Alatskivi_vallavalitsus_et, lk 206
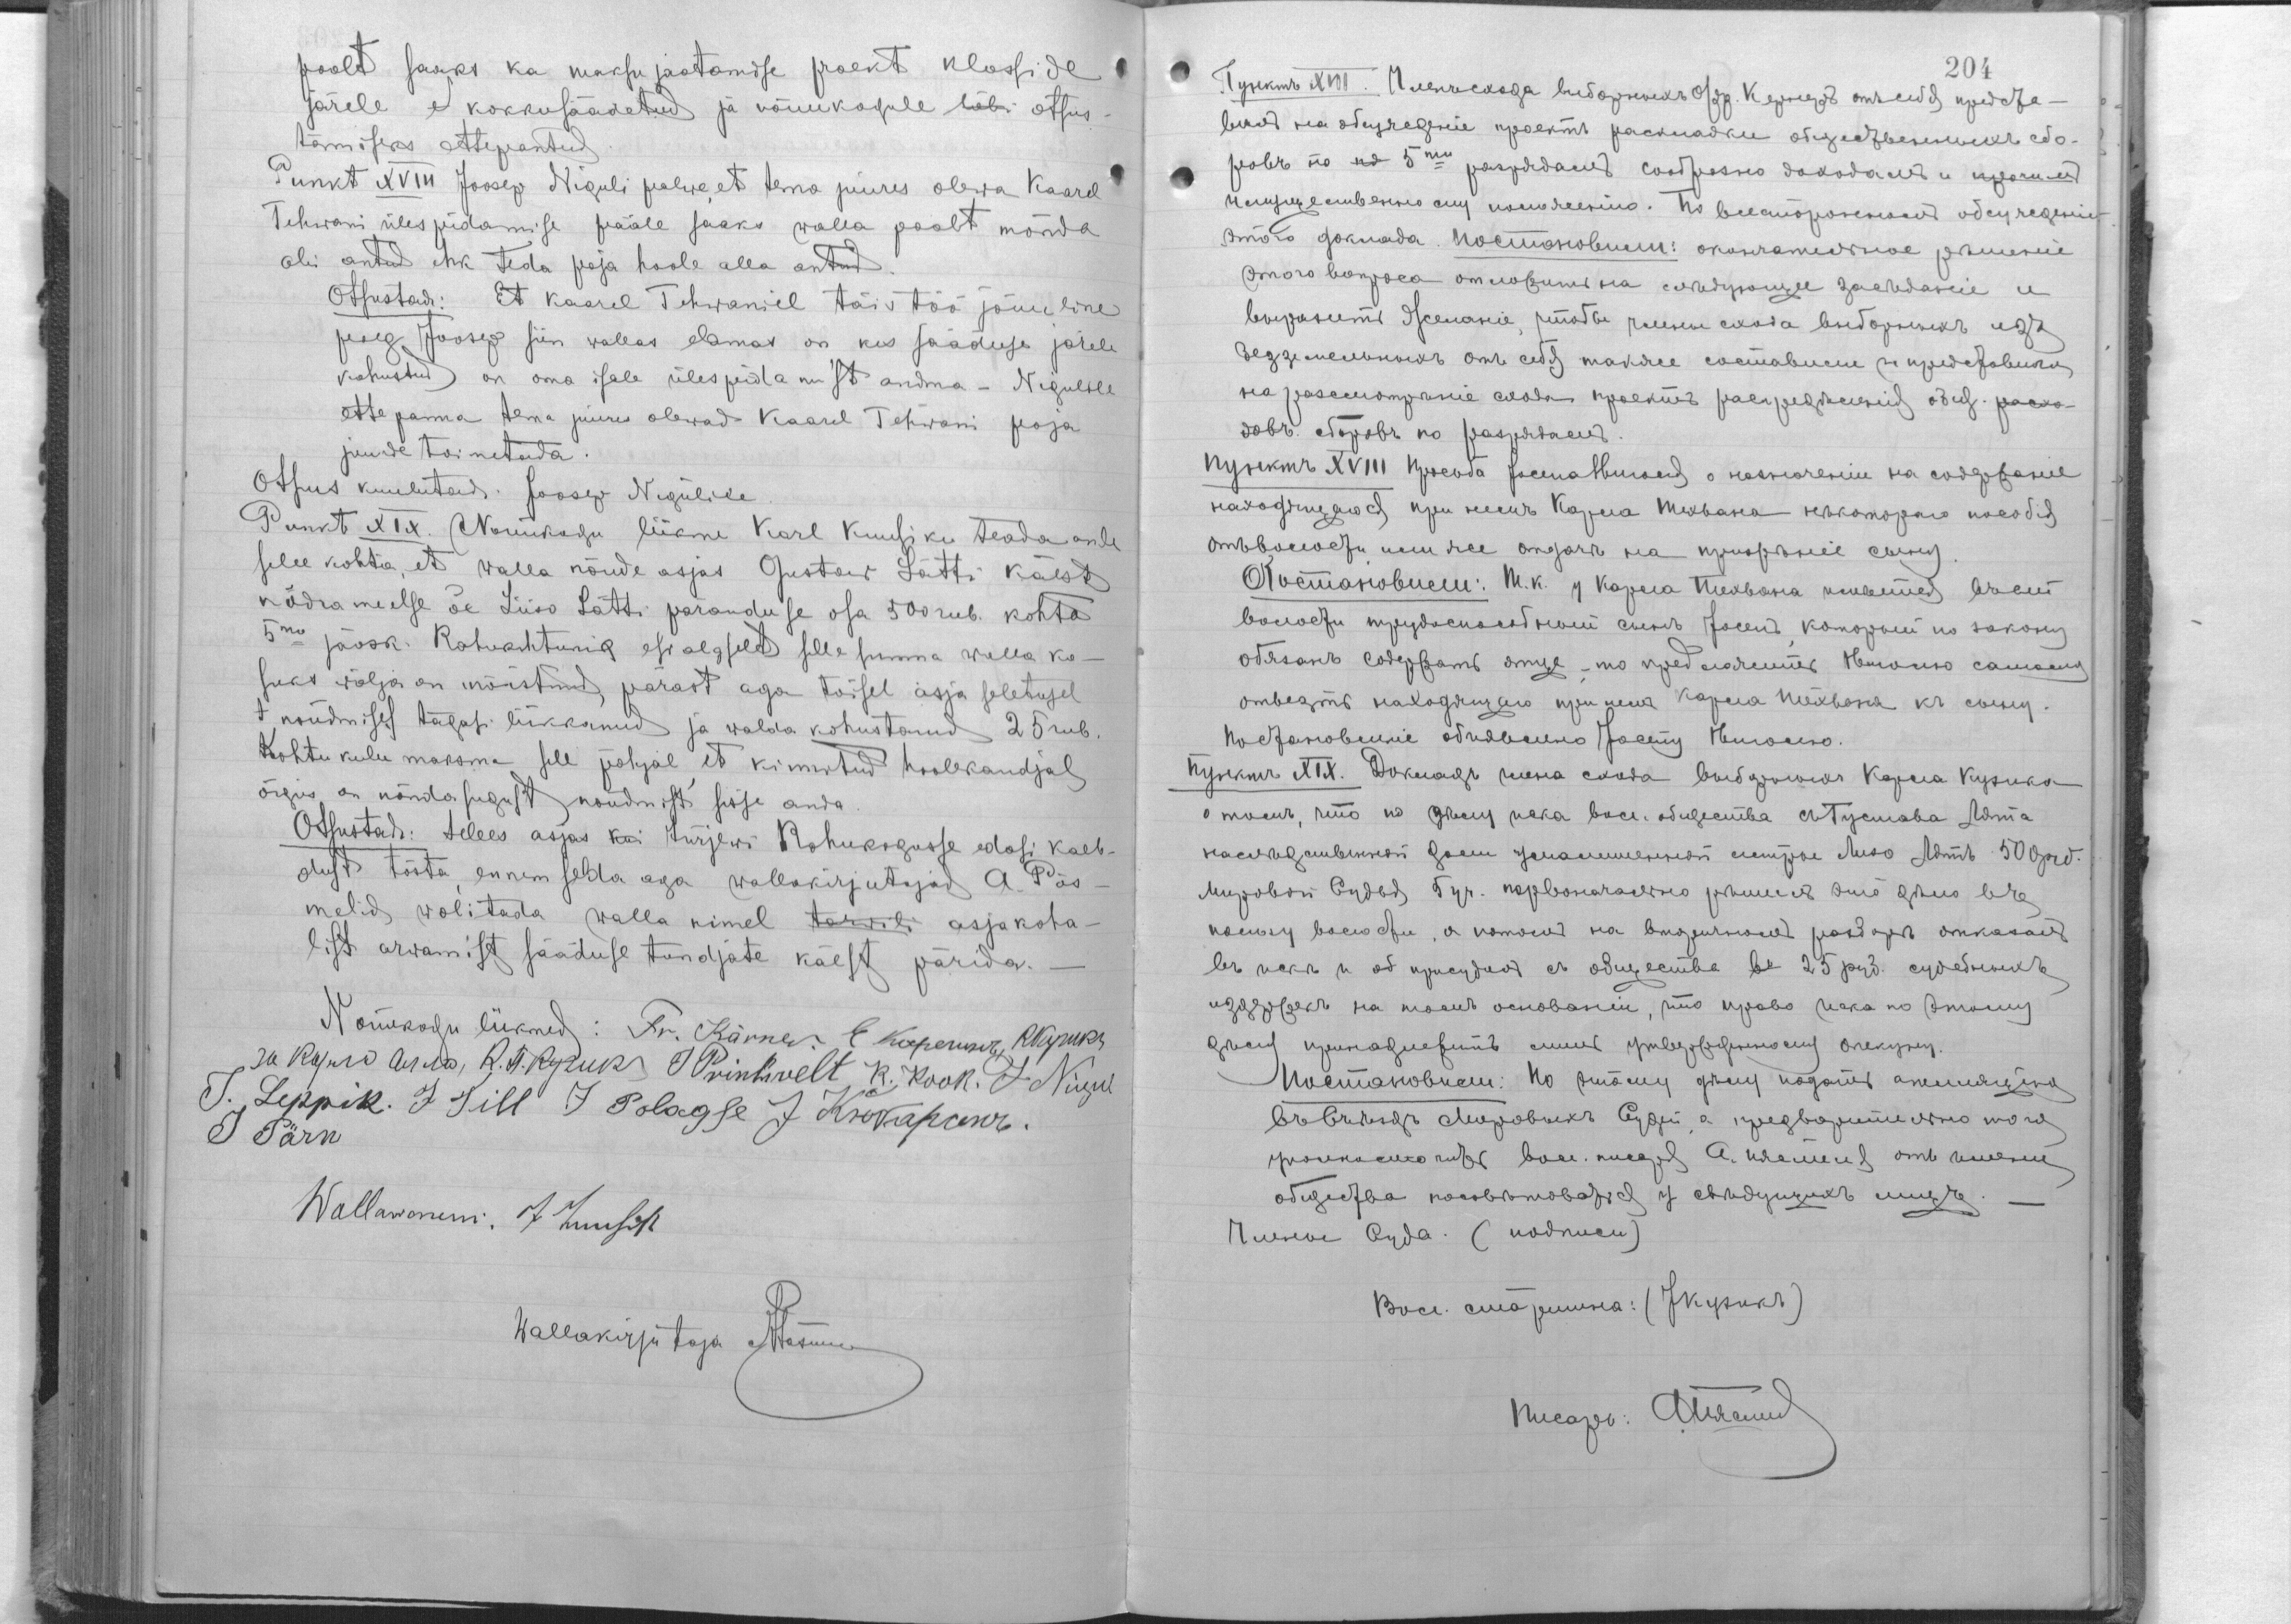
poolt saaks ka maksujaotamise proekt klasside
järele e kokkusäädetud ja nõuukogule läbi otsus-
tamiseks ettepantud.
Punkt XVIII Joosep Niguli palwe, et tema juures olewa Kaarel
Tehwani üles pidamise pääle saaks walla poolt mõnda
abi antud ehk teda poja hoole alla antud.
Otsustadi: Et Kaarel Tehwaniel täis töö jõuuline
poeg Joosep siin wallas elamas on kes sääduse järele
kohustud on oma isale ülespidamist andma - Nigulile
ette panna tema juures olewad Kaarel Tehwani poja
juurde toimetada.
Otsus kuulutadi Joosep Nigulile
Punkt XIX.  Nõuukogu liikme Karl Kuusiku teadaande
selle kohta, et walla nõude asjus Gustaw Lätti käest
nõdrameelse õe Liiso Lätti päranduse osa 500 rub. kohta
5mo jaosk. Rahukohtunik esialgselt selle summa walla ka-
suks wälja on mõistnud, pärast aga tõisel asja seletusel
t nõudmisel tagasi lükkunud ja walda kohustanud 25 rub.
Kohtu kulu maksma sell põhjal, et kinnistud hoolekandjal
õigus on nõdrasugust nõudmist sisse anda.
Otsustadi: Selles asjas kui Jurjewi Rahukogusse edasi kaeb-
dust tõsta, ennem seda aga wallakirjutajad A. Päs-
melid wolitada walla nimel tarwili asjakoha-
list arwamist sääduse tundjate käest pärida.-
Nõuukogu liikmed: Fr. Kärner E. Kopernik, RNupuk
Ja R Ryzuk J Prinkwelt K. Kook J Nigul
J. Leppik. J Till J Polagse J Кюбарсепъ
J Pärn
Wallawanem J Kuusik
wallakirjutaja A Päsmel